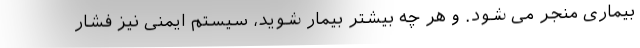
بیماری منجر می شود. و هر چه بیشتر بیمار شوید، سیستم ایمنی نیز فشار